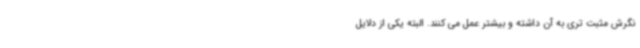
نگرش مثبت تری به آن داشته و بیشتر عمل می کنند. البته یکی از دلایل